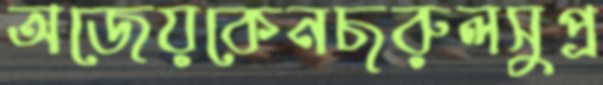
অজেয়কেনছরুলসুপ্র